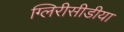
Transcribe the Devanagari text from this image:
ग्लिरीसीडीया